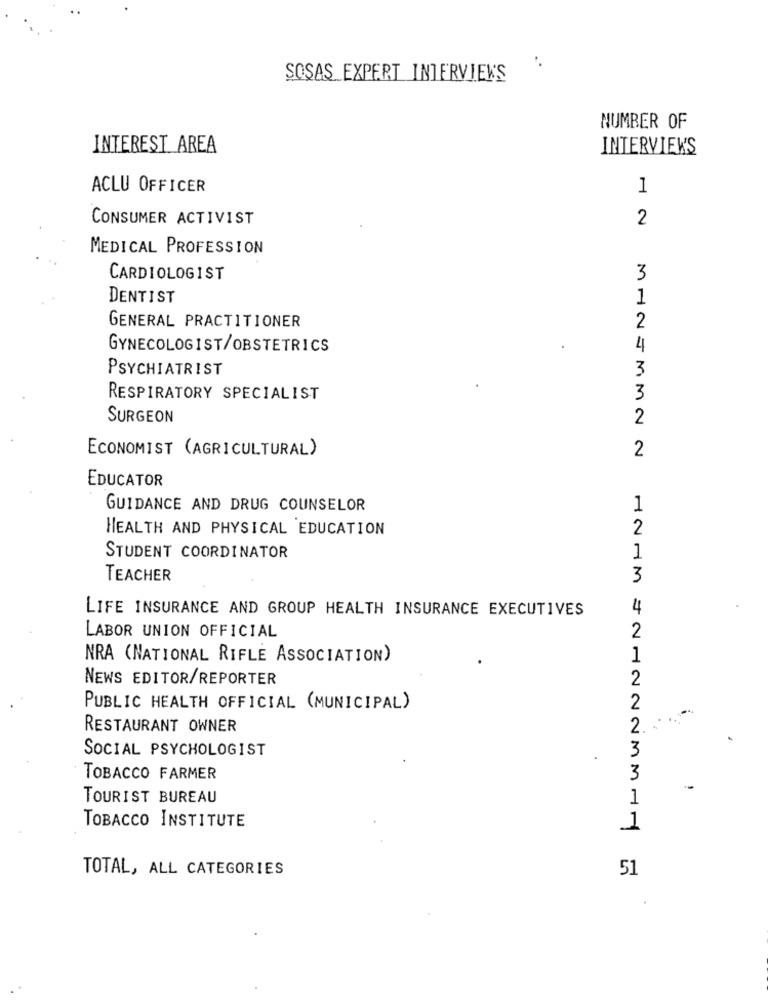
..
SOSAS EXPERT INTERVIEWS
NUMBER OF
INTEREST_AREA
INTERVIEW'S
ACLU OFFICER
1
CONSUMER ACTIVIST
2
MEDICAL PROFESSION
CARDIOLOGIST
3
DENTIST
1
GENERAL PRACTITIONER
2
GYNECOLOGIST/OBSTETRICS
4
PSYCHIATRIST
3
RESPIRATORY SPECIALIST
3
SURGEON
2
ECONOMIST (AGRICULTURAL)
2
EDUCATOR
GUIDANCE AND DRUG COUNSELOR
1
HEALTH AND PHYSICAL EDUCATION
2
STUDENT COORDINATOR
1
TEACHER
3
LIFE INSURANCE AND GROUP HEALTH INSURANCE EXECUTIVES
4
LABOR UNION OFFICIAL
2
NRA (NATIONAL RIFLE ASSOCIATION)
1
NEWS EDITOR/REPORTER
2
PUBLIC HEALTH OFFICIAL (MUNICIPAL)
2
RESTAURANT OWNER
2.
SOCIAL PSYCHOLOGIST
3
TOBACCO FARMER
3
TOURIST BUREAU
1
TOBACCO INSTITUTE
1
TOTAL, ALL CATEGORIES
51